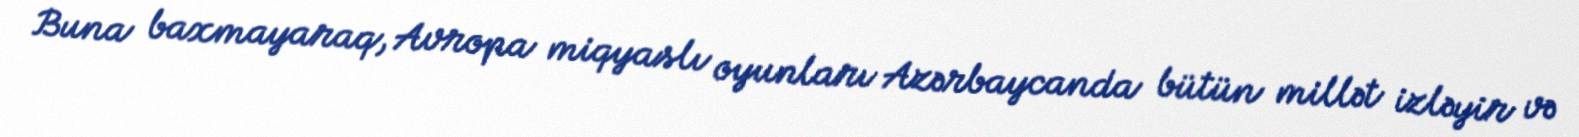
Buna baxmayaraq, Avropa miqyaslı oyunları Azərbaycanda bütün millət izləyir və